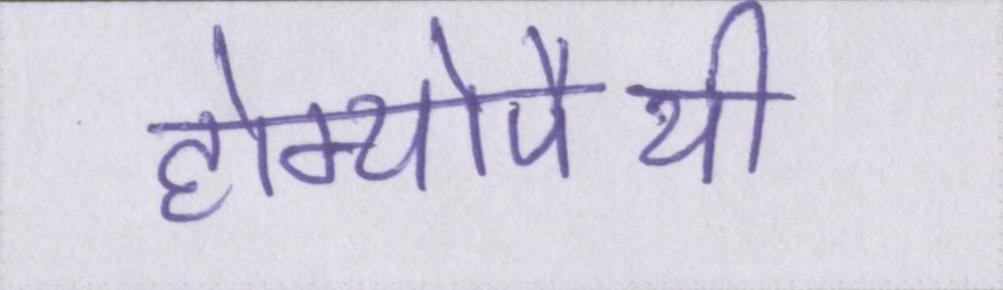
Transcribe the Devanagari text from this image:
होम्योपैथी